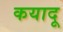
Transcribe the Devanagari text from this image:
कयादू